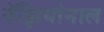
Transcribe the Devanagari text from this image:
नॅझियोनाल